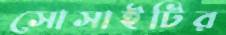
সোসাইটির